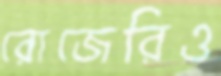
রোজেরিও